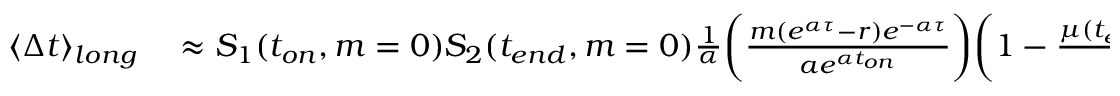
\begin{array} { r l } { \langle \Delta t \rangle _ { l o n g } } & { { } \approx S _ { 1 } ( t _ { o n } , m = 0 ) S _ { 2 } ( t _ { e n d } , m = 0 ) \frac { 1 } { \alpha } \bigg ( \frac { m ( e ^ { \alpha \tau } - r ) e ^ { - \alpha \tau } } { a e ^ { \alpha t _ { o n } } } \bigg ) \bigg ( 1 - \frac { \mu ( t _ { e n d } , m = 0 ) } { \beta } \ln { \bigg ( 1 + \frac { \beta } { \mu ( t _ { e n d } , m = 0 ) } \bigg ) } \bigg ) . } \end{array}